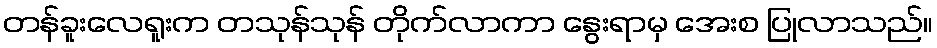
တန်ခူးလေရူးက တသုန်သုန် တိုက်လာကာ နွေးရာမှ အေးစ ပြုလာသည်။